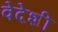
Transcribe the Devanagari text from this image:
वेदेशी